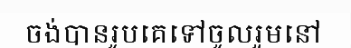
ចង់បានរូបគេទៅចូលរួមនៅ